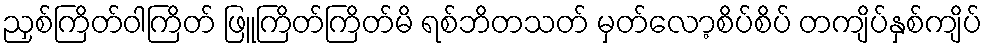
ညှစ်ကြိတ်ဝါကြိတ် ဖြူကြိတ်ကြိတ်မိ ရစ်ဘိတသတ် မှတ်လော့စိပ်စိပ် တကျိပ်နှစ်ကျိပ်